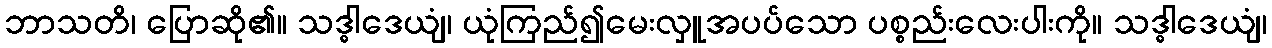
ဘာသတိ၊ ပြောဆို၏။ သဒ္ဓါဒေယျံ၊ ယုံကြည်၍မေးလှူအပပ်သော ပစ္စည်းလေးပါးကို။ သဒ္ဓါဒေယျံ၊